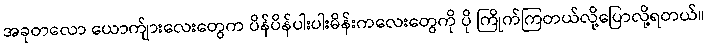
အခုတလော ယောက်ျားလေးတွေက ပိန်ပိန်ပါးပါးမိန်းကလေးတွေကို ပို ကြိုက်ကြတယ်လို့ပြောလို့ရတယ်။